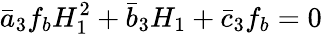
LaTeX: \bar{a}_{3}f_{b}H_{1}^{2}+\bar{b}_{3}H_{1}+\bar{c}_{3}f_{b}=0